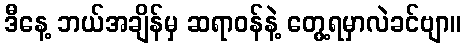
ဒီနေ့ ဘယ်အချိန်မှ ဆရာဝန်နဲ့ တွေ့ရမှာလဲခင်ဗျာ။